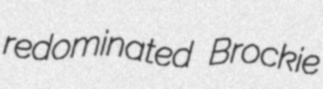
redominated Brockie